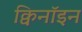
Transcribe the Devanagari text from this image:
क्विनॉइन